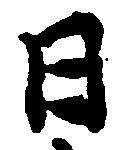
日